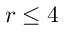
r \leq 4